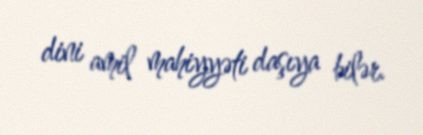
dini amil mahiyyəti daşıya bilər.